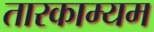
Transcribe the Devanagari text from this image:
तारकाम्यम